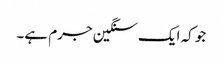
جو کہ ایک سنگین جرم ہے۔